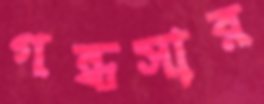
গন্ধসার